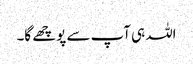
اللہ ہی آپ سے پوچھے گا۔